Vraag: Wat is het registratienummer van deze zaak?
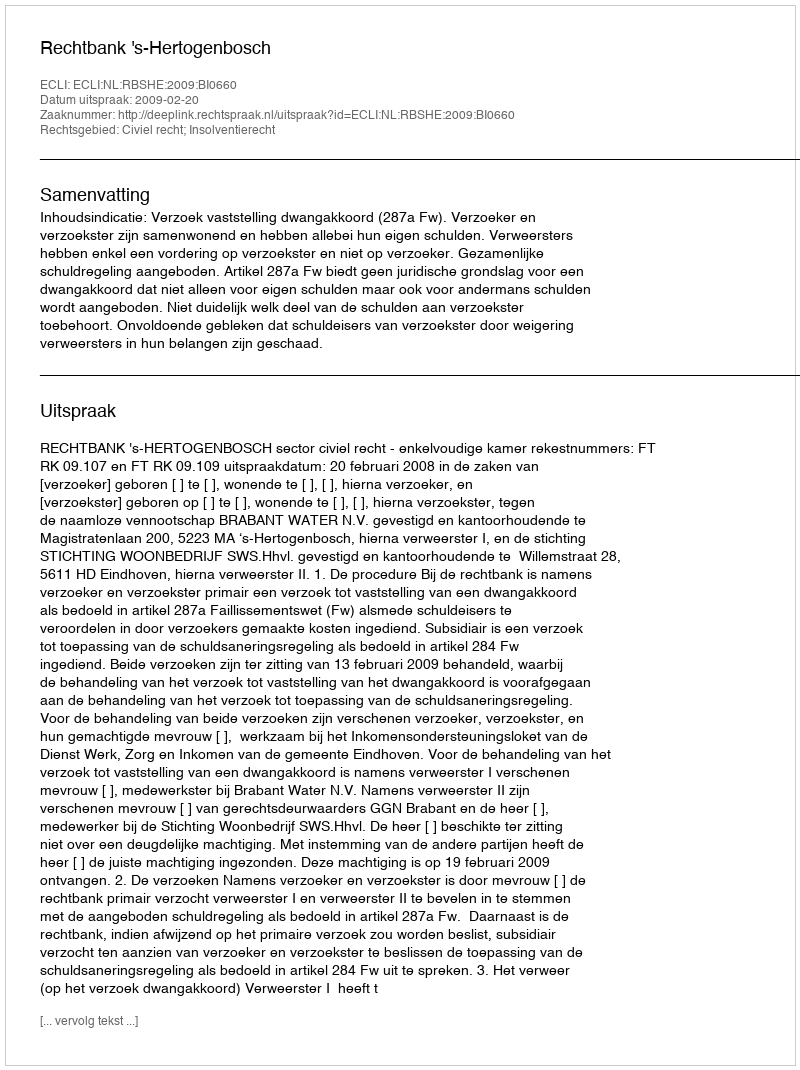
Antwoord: http://deeplink.rechtspraak.nl/uitspraak?id=ECLI:NL:RBSHE:2009:BI0660